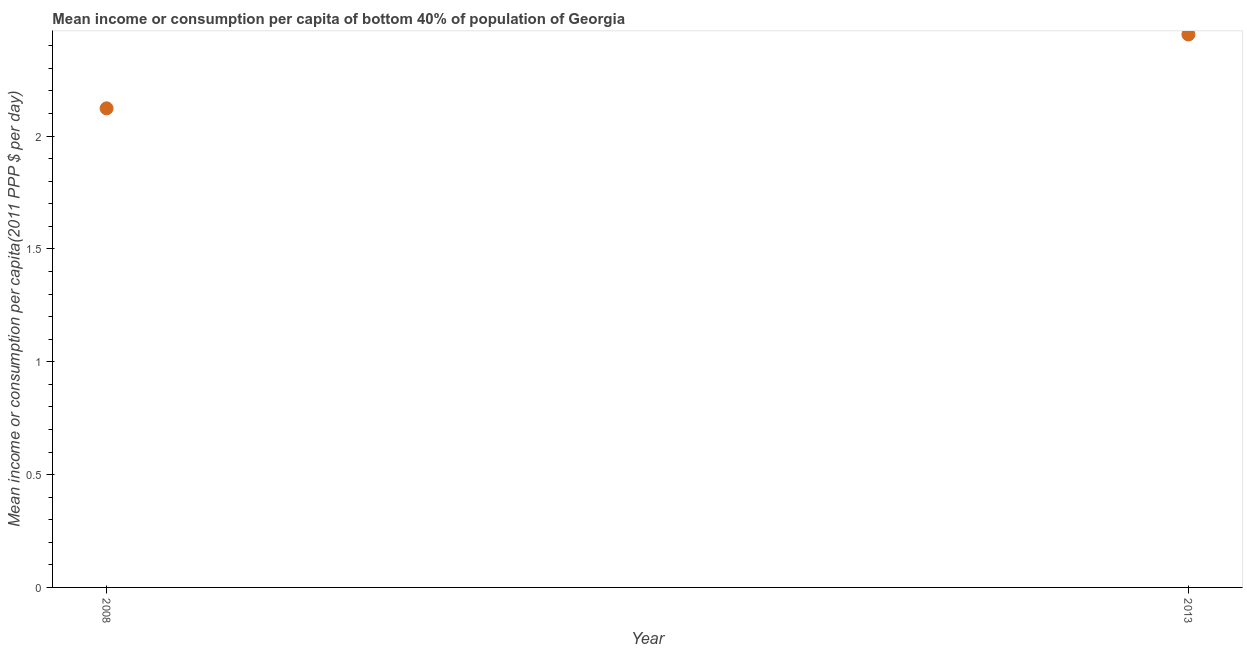
| Year | Bottom 40percent |
 | --- | --- |
 | 2008 | 2.12 |
 | 2013 | 2.45 |